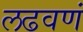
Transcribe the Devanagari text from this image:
लढवणं